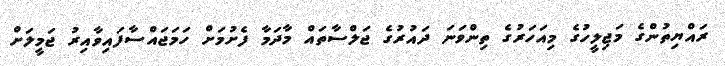
ރައްޔިތުންގެ މަޖިލީހުގެ މިއަހަރުގެ ތިންވަނަ ދައުރުގެ ޖަލްސާތައް މާދަމާ ފެށުމަށް ހަމަޖައްސާފައިވާއިރު ޖަމީލަށް